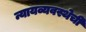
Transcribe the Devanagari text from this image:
न्यायव्यवस्थेची